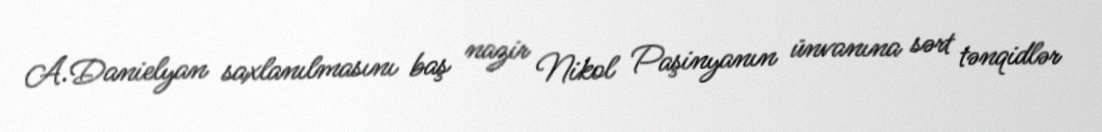
A.Danielyan saxlanılmasını baş nazir Nikol Paşinyanın ünvanına sərt tənqidlər